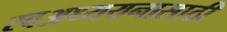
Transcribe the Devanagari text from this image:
स्वअध्ययनासाठी